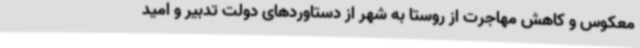
معکوس و کاهش مهاجرت از روستا به شهر از دستاوردهای دولت تدبیر و امید